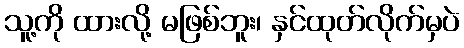
သူ့ကို ထားလို့ မဖြစ်ဘူး၊ နှင်ထုတ်လိုက်မှပဲ